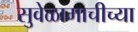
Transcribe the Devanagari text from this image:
सुवेळामाचीच्या